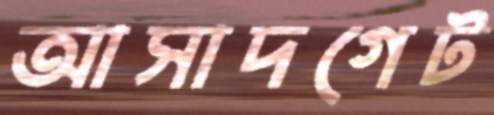
আসাদগেট